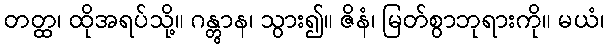
တတ္ထ၊ ထိုအရပ်သို့။ ဂန္တွာန၊ သွား၍။ ဇိနံ၊ မြတ်စွာဘုရားကို။ မယံ၊